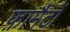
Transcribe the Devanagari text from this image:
फ़ार्मैटों